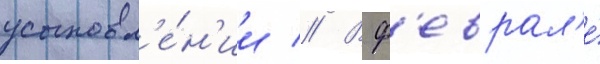
усыновл'е́н'ии // В ф'еврал'е́